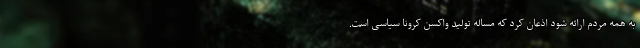
به همه مردم ارائه شود اذعان کرد که مساله تولید واکسن کرونا سیاسی است.